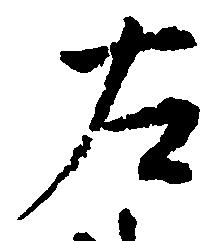
左